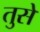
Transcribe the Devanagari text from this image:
तुसे